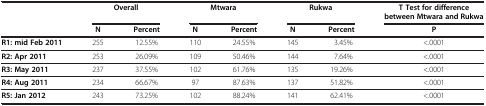
<table><thead><tr><td><b> </b></td><td colspan="2"><b>Overall</b></td><td colspan="2"><b>Mtwara</b></td><td colspan="2"><b>Rukwa</b></td><td><b>T Test for difference between Mtwara and Rukwa</b></td></tr><tr><td></td><td><b>N</b></td><td><b>Percent</b></td><td><b>N</b></td><td><b>Percent</b></td><td><b>N</b></td><td><b>Percent</b></td><td><b>P</b></td></tr></thead><tbody><tr><td><b>R1: mid Feb 2011</b></td><td>255</td><td>12.55%</td><td>110</td><td>24.55%</td><td>145</td><td>3.45%</td><td>&lt;.0001</td></tr><tr><td><b>R2: Apr 2011</b></td><td>253</td><td>26.09%</td><td>109</td><td>50.46%</td><td>144</td><td>7.64%</td><td>&lt;.0001</td></tr><tr><td><b>R3: May 2011</b></td><td>237</td><td>37.55%</td><td>102</td><td>61.76%</td><td>135</td><td>19.26%</td><td>&lt;.0001</td></tr><tr><td><b>R4: Aug 2011</b></td><td>234</td><td>66.67%</td><td>97</td><td>87.63%</td><td>137</td><td>51.82%</td><td>&lt;.0001</td></tr><tr><td><b>R5: Jan 2012</b></td><td>243</td><td>73.25%</td><td>102</td><td>88.24%</td><td>141</td><td>62.41%</td><td>&lt;.0001</td></tr></tbody></table>